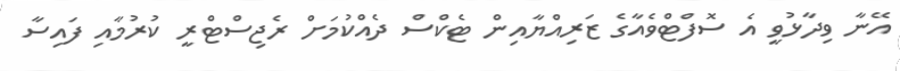
އޭނާ ވިދާޅުވީ އެ ސޮފްޓްވެއާގެ ޒަރިއްޔާއިން ޓެކްސް ދެއްކުމަށް ރެޖިސްޓްރީ ކުރުމާއި ފައިސާ